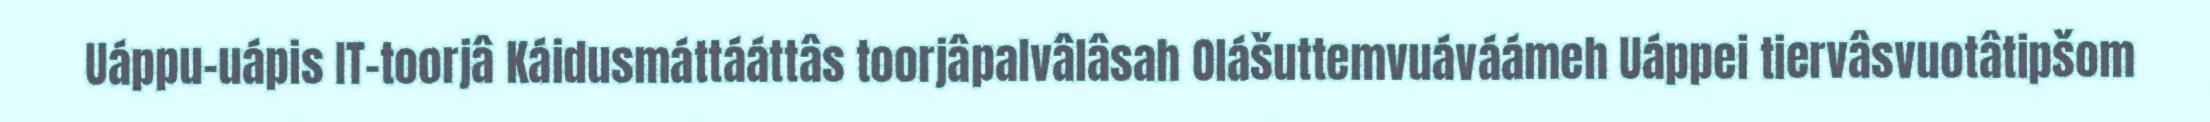
Uáppu-uápis IT-toorjâ Káidusmáttááttâs toorjâpalvâlâsah Olášuttemvuáváámeh Uáppei tiervâsvuotâtipšom